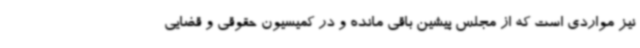
نیز مواردی است که از مجلس پیشین باقی مانده و در کمیسیون حقوقی و قضایی